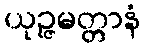
ယုဉ္ဇမတ္တာနံ